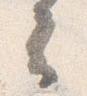
云